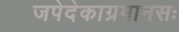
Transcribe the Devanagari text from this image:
जपेदेकाग्रमानसः